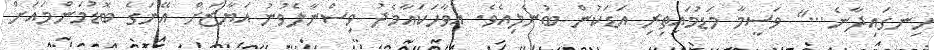
ހިނގައިދާނެ..." ވަސީމާ މަޑުމައިތިރި އަޑަކުން ބުނެލިއެވެ. އެވާހަކައާމެދު ވިސްނާލެވުނު އަޔާޒަށް އޭނަގެ ބޮޑުމަންމައަށް